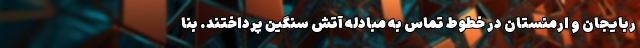
ربایجان و ارمنستان در خطوط تماس به مبادله آتش سنگین پرداختند. بنا